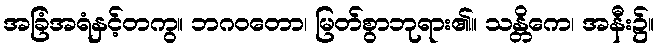
အခြံအရံနှင့်တကွ။ ဘဂဝတော၊ မြတ်စွာဘုရား၏။ သန္တိကေ၊ အနီး၌။